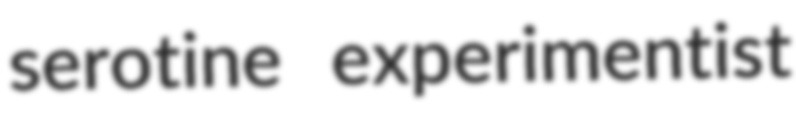
serotine experimentist